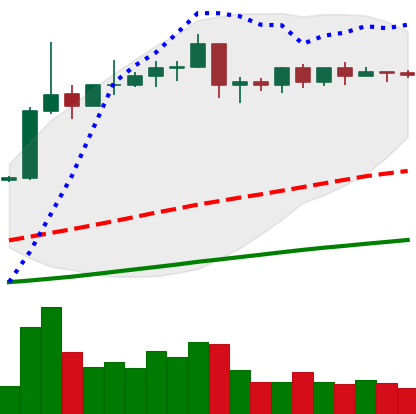
Ticker: EOS-USD
Chart end date: 2019-04-20
Forward return: -15.988%
Label: down_7plus